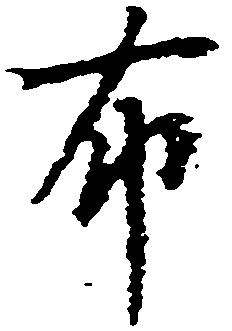
布